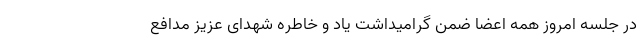
در جلسه امروز همه اعضا ضمن گرامیداشت یاد و خاطره شهدای عزیز مدافع